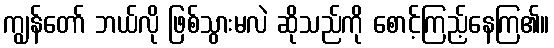
ကျွန်တော် ဘယ်လို ဖြစ်သွားမလဲ ဆိုသည်ကို စောင့်ကြည့်နေကြ၏။